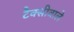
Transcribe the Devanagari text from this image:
टैक्सीवाले